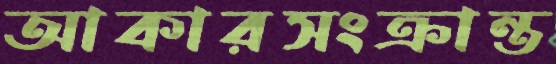
আকারসংক্রান্ত